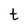
Character: t